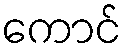
ကောင်